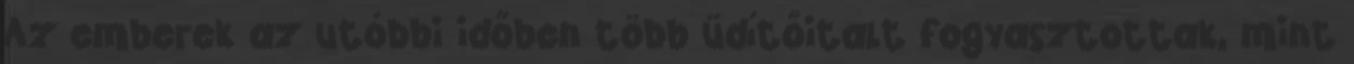
Az emberek az utóbbi időben több üdítőitalt fogyasztottak, mint